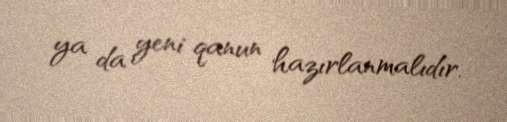
ya da yeni qanun hazırlanmalıdır.